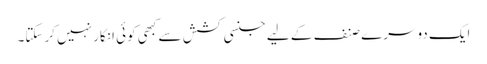
ایک دوسرے صنف کے لیے جنسی کشش سے کبھی کوئی انکار نہیں کرسکتا۔